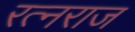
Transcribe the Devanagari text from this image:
रत्नराज